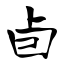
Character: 卣